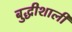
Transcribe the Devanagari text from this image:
बुद्धीशाली